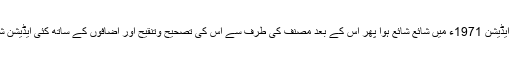
اس کتاب کا پہلا ایڈیشن 1971ء میں شائع شائع ہوا پھر اس کے بعد مصنف کی طرف سے اس کی تصحیح وتنقیح اور اضافوں کے ساتھ کئی ایڈیشن شائع ہوچکے ہیں۔